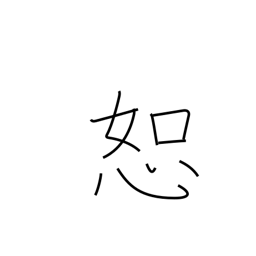
Meaning: tolerate